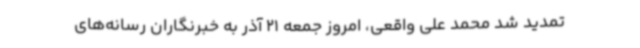
تمدید شد محمد علی واقعی، امروز جمعه 21 آذر به خبرنگاران رسانه‌های